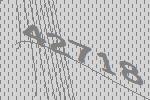
42718